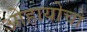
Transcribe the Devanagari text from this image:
ओहायोचो